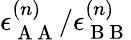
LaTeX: \epsilon_{\mathrm{~A~A~}}^{(n)}/\epsilon_{\mathrm{~B~B~}}^{(n)}